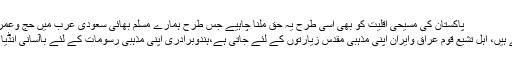
پاکستان کی مسیحی اقلیت کو بھی اسی طرح یہ حق ملنا چاہیے جس طرح ہمارے مسلم بھائی سعودی عرب میں حج وعمرہ کی سعادت
حاصل کرتے ہیں، اہل تشیع قوم عراق وایران اپنی مذہبی مقدس زیارتوں کے لئے جاتی ہے،ہندوبرادری اپنی مذہبی رسومات کے لئے باآسانی انڈیا جاسکتی ہے۔